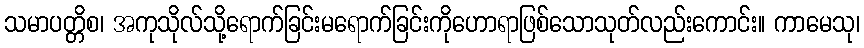
သမာပတ္တိစ၊ အကုသိုလ်သို့ရောက်ခြင်းမရောက်ခြင်းကိုဟောရာဖြစ်သောသုတ်လည်းကောင်း။ ကာမေသု၊